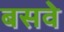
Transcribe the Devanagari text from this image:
बसवे